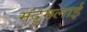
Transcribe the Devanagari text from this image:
मदुमलाई